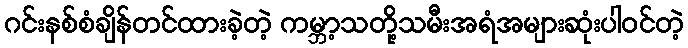
ဂင်းနစ်စံချိန်တင်ထားခဲ့တဲ့ ကမ္ဘာ့သတို့သမီးအရံအများဆုံးပါ၀င်တဲ့